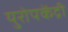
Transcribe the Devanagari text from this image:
युरोपकेंद्री